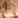
إلى